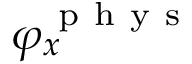
\varphi _ { x } ^ { \mathrm { ~ p ~ h ~ y ~ s ~ } }